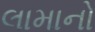
લામાનો